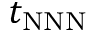
t _ { \mathrm { N N N } }